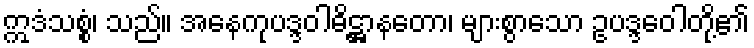
ဣဒံသစ္စံ၊ သည်။ အနေကုပဒ္ဒဝါဓိဋ္ဌာနတော၊ များစွာသော ဥပဒ္ဒဝေါတို့၏